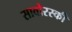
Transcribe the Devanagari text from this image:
सावोरस्की